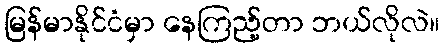
မြန်မာနိုင်ငံမှာ နေကြည့်တာ ဘယ်လိုလဲ။